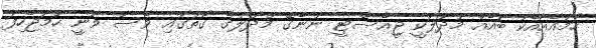
ހަމައެއާއެކު ބައެއް މުދަލަކީ ޖީއެސްޓީ ނުނެގޭ މުދަލުގެ ގޮތުގައި ވެސް ވަނީ ހަމަޖެހިފަ